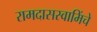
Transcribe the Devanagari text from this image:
रामदासस्वामिंचे